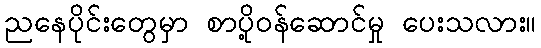
ညနေပိုင်းတွေမှာ စာပို့ဝန်ဆောင်မှု ပေးသလား။